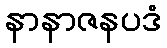
နာနာဇနပဒံ